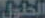
الحلول